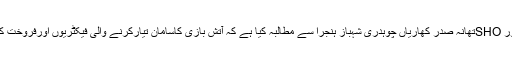
مذہبی، عوامی حلقوںنے DPOگجرات رائے ضمیر الحق ،SDPOسرکل کھاریاں ملک منظور حسین اور SHOتھانہ صدر کھاریاں چوہدری شہباز ہنجرا سے مطالبہ کیا ہے کہ آتش بازی کاسامان تیارکرنے والی فیکٹریوں اورفروخت کرنے والوں کے خلاف کریک ڈائون کرکے آتش بازی کے سامان کی تیاری اورفروخت بندکرائی جائے۔